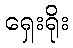
ရှေးရိုး